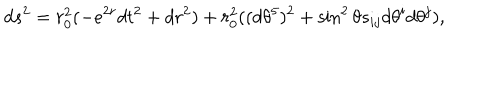
d s ^ { 2 } = r _ { 0 } ^ { 2 } ( - e ^ { 2 r } d t ^ { 2 } + d r ^ { 2 } ) + r _ { 0 } ^ { 2 } ( ( d \theta ^ { 5 } ) ^ { 2 } + \sin ^ { 2 } \theta s _ { i j } d \theta ^ { i } d \theta ^ { j } ) ,